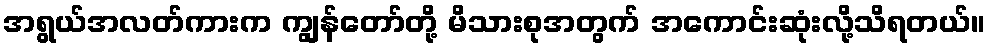
အရွယ်အလတ်ကားက ကျွန်တော်တို့ မိသားစုအတွက် အကောင်းဆုံးလို့သိရတယ်။